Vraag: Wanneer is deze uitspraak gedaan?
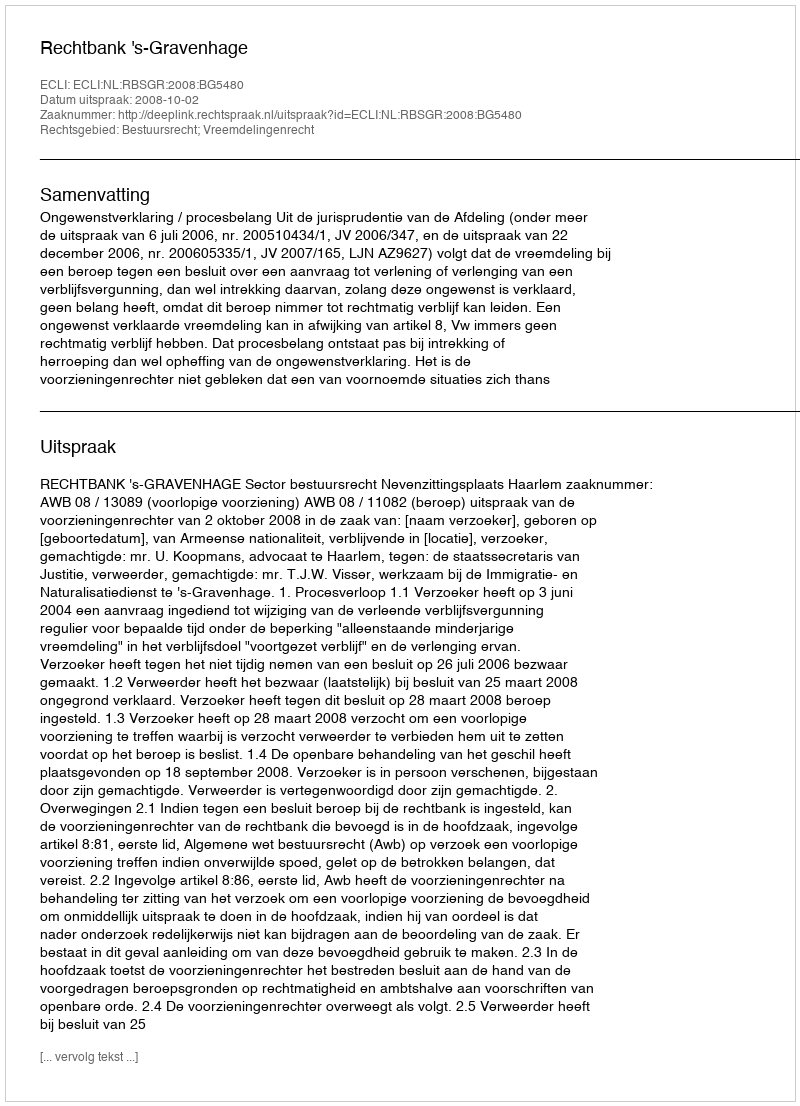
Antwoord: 2008-10-02